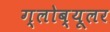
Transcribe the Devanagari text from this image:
ग्लोब्यूलर